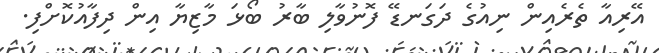
އޭރިއާ ތެރެއިން ނިއުގެ ދަގަނޑޭ ފޮނުވާލި ބާރު ބޯޅަ މާޒިޔާ އިން ދިފާއުކޮށްފި.